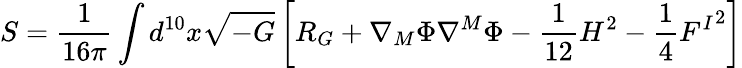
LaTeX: S=\frac{1}{16\pi}\int d^{10}x\sqrt{-G}\left[R_{G}+\nabla_{M}\Phi\nabla^{M}\Phi-\frac{1}{12}H^{2}-\frac 14{F^{I}}^{2}\right]